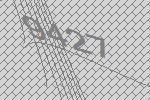
9427